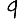
Digit: 9